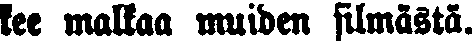
kee malkaa muiden silmästä.